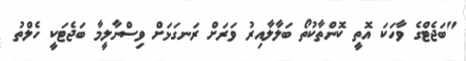
"ބަޖެޓްގެ ވާހަކަ އޮތީ ކޮންތާކުތޯ ބަލާލާއިރު ވަރަށް ރަނގަޅަށް ވިސްނާލީމާ ބަޖެޓަކީ ހެލްތު